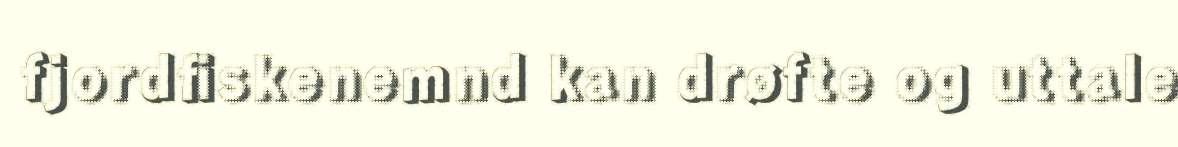
fjordfiskenemnd kan drøfte og uttale